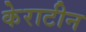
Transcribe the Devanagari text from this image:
केराटीन